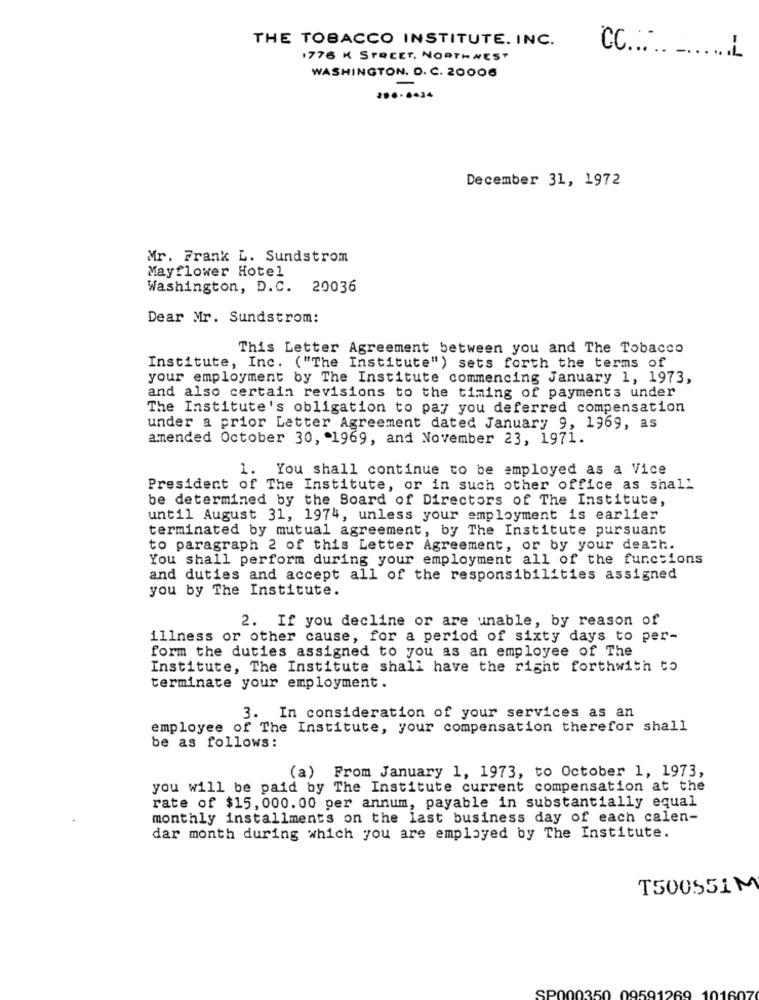
THE TOBACCO INSTITUTE. INC.
CC:
1776 K STREET, NORTHWEST
WASHINGTON. D. C. 20006
-
December 31, 1972
Mr. Frank L. Sundstrom
Mayflower Hotel
Washington, D.C. 20036
Dear Mr. Sundstrom:
This Letter Agreement between you and The Tobacco
Institute, Inc. ("The Institute") sets forth the terms of
your employment by The Institute commencing January 1, 1973,
and also certain revisions to the timing of payments under
The Institute's obligation to pay you deferred compensation
under a prior Letter Agreement dated January 9, 1969, as
amended October 30, 1969, and November 23, 1971.
1. You shall continue to be employed as a Vice
President of The Institute, or in such other office as shall
be determined by the Board of Directors of The Institute,
until August 31, 1974, unless your employment is earlier
terminated by mutual agreement, by The Institute pursuant
to paragraph 2 of this Letter Agreement, or by your death.
You shall perform during your employment all of the functions
and duties and accept all of the responsibilities assigned
you by The Institute.
2. If you decline or are unable, by reason of
illness or other cause, for a period of sixty days to per-
form the duties assigned to you as an employee of The
Institute, The Institute shall have the right forthwith to
terminate your employment.
3. In consideration of your services as an
employee of The Institute, your compensation therefor shall
be as follows:
(a) From January 1, 1973, to October 1, 1973,
you will be paid by The Institute current compensation at the
rate of $15, 000.00 per annum, payable in substantially equal
monthly installments on the last business day of each calen-
dar month during which you are employed by The Institute.
T500551M
SP000350 095